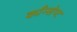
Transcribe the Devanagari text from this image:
काँन्सेप्ट